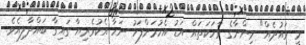
މީ ވައުދެއް" މިންނާގެ ވާހަކަތައް އަޑު އެހުމަށްފަހު ނަހާ އެކުވެރިޔާ ގައިގާ ބައްދާލިއެވެ.